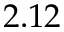
2 . 1 2